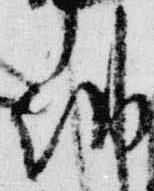
納